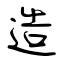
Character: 造